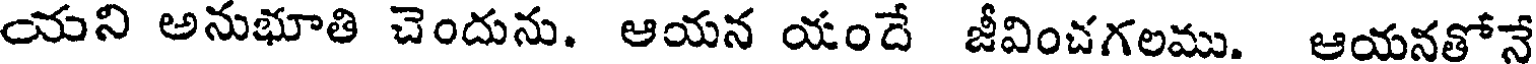
యని అనుభూతి చెందును. ఆయన యందే జీవించగలము. ఆయనతోనే